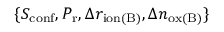
\{ S _ { \mathrm { c o n f } } , P _ { \mathrm { r } } , \Delta r _ { \mathrm { i o n ( B ) } } , \Delta n _ { \mathrm { o x ( B ) } } \}